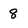
Character: 8